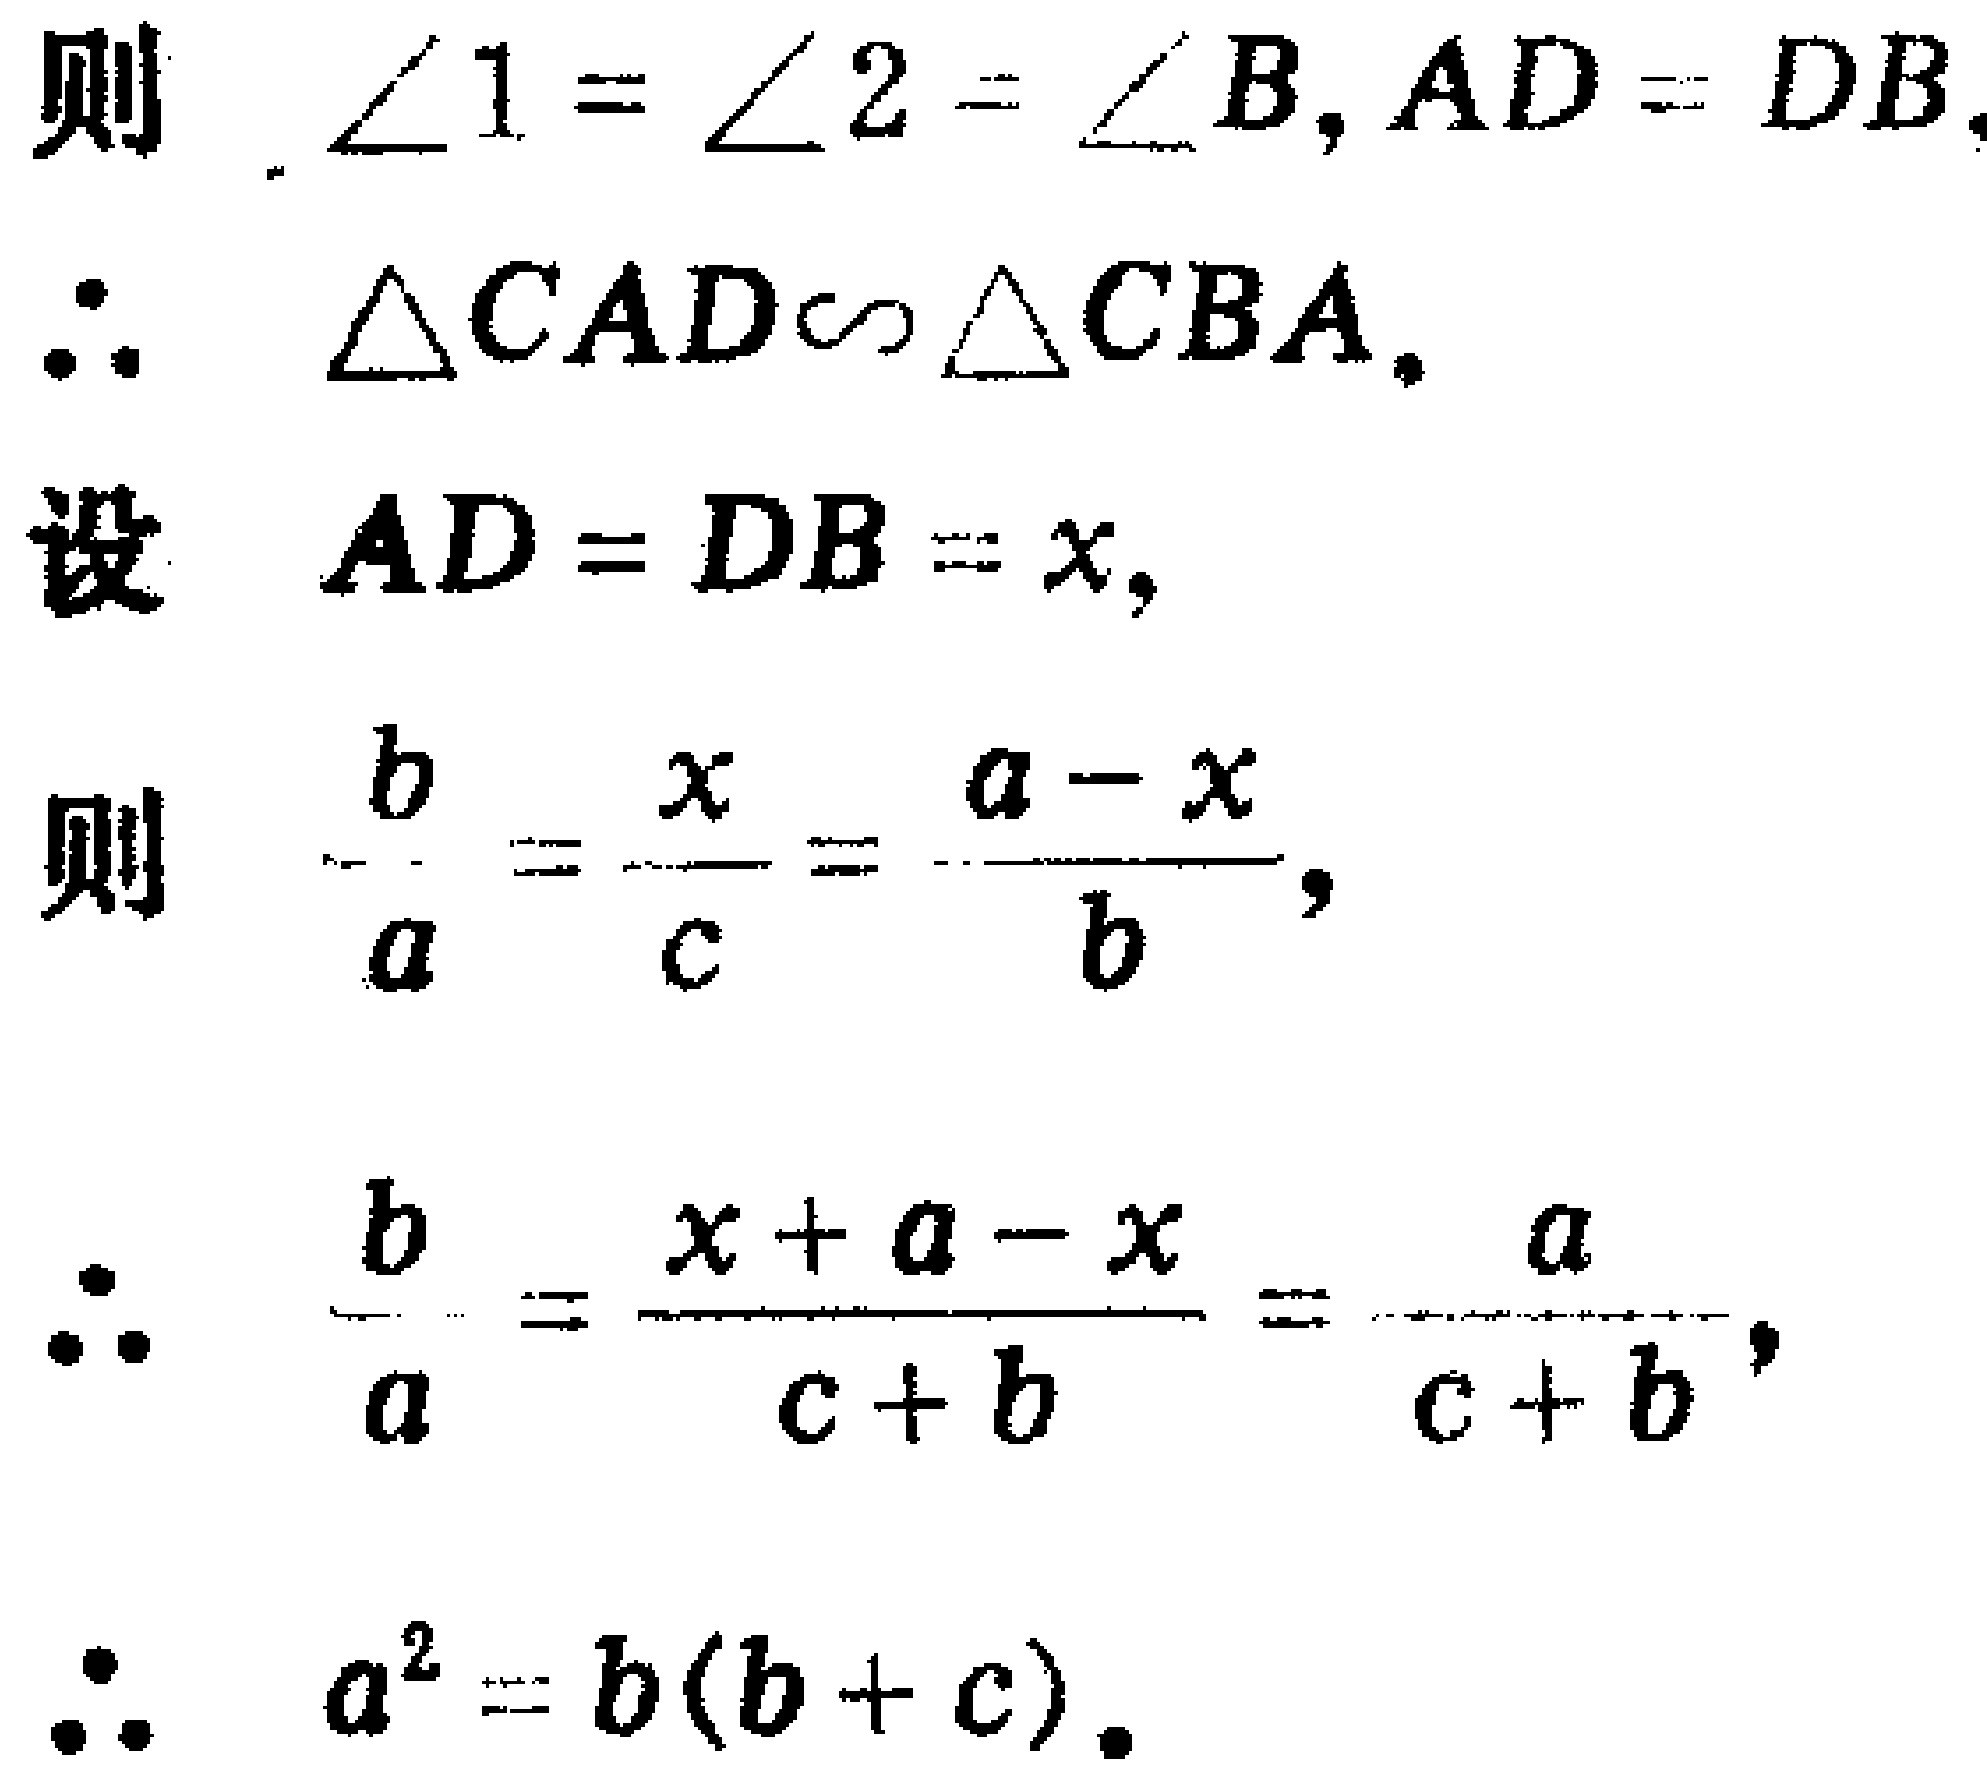
则 $\angle 1 = \angle 2 = \angle B, AD = DB$.
$\therefore \triangle CAD\sim \triangle CBA$.
设 $AD = DB = x$,
则 $\frac{b}{a} = \frac{x}{c} = \frac{a - x}{b}$,
$\therefore \frac{b}{a} = \frac{x + a - x}{c + b} = \frac{a}{c + b}$,
$\therefore a^{2} = b(b + c)$.